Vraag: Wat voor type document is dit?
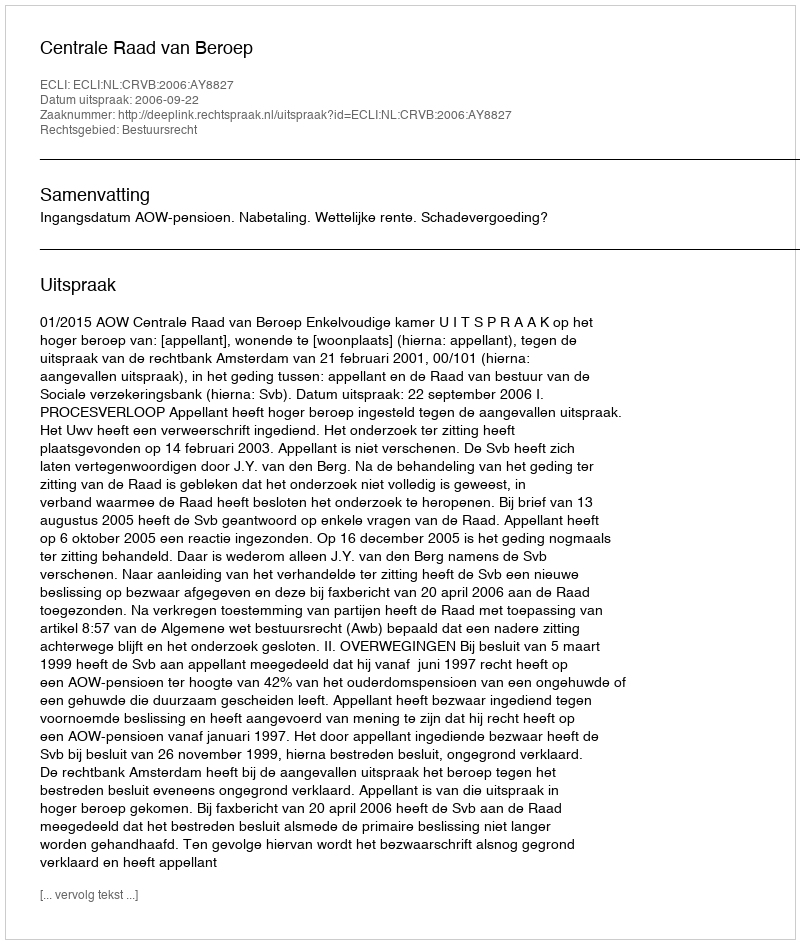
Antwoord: Uitspraak